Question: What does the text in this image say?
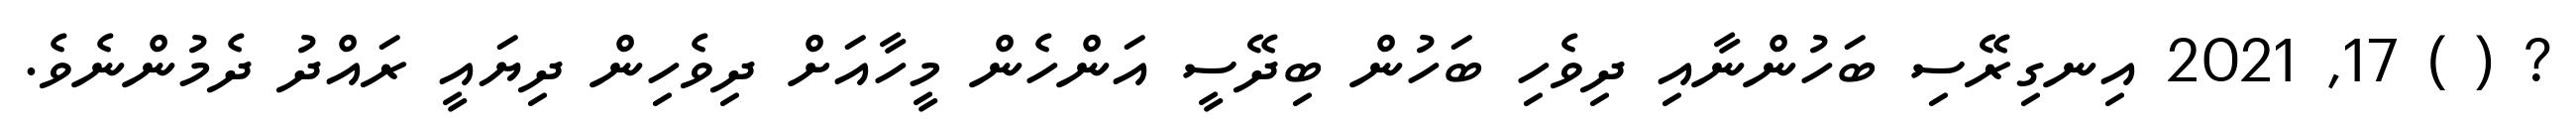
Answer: ? ( ) 17, 2021 އިނގިރޭސި ބަހުންނާއި ދިވެހި ބަހުން ބިދޭސީ އަންހެން މީހާއަށް ދިވެހިން ދިޔައީ ރައްދު ދެމުންނެވެ.